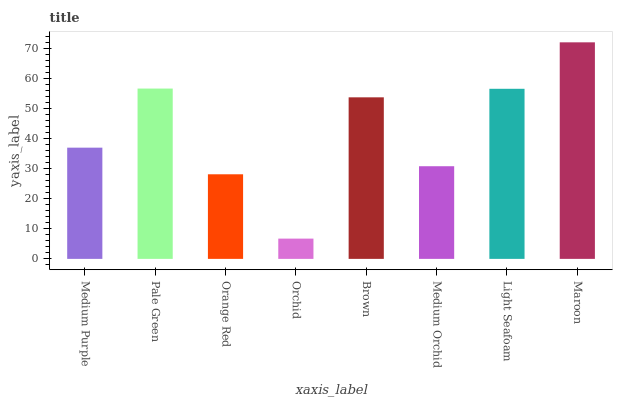
| xaxis_label | bars |
 | --- | --- |
 | Medium Purple | 36.9 |
 | Pale Green | 56.6 |
 | Orange Red | 28.1 |
 | Orchid | 6.73 |
 | Brown | 53.7 |
 | Medium Orchid | 30.8 |
 | Light Seafoam | 56.5 |
 | Maroon | 71.9 |